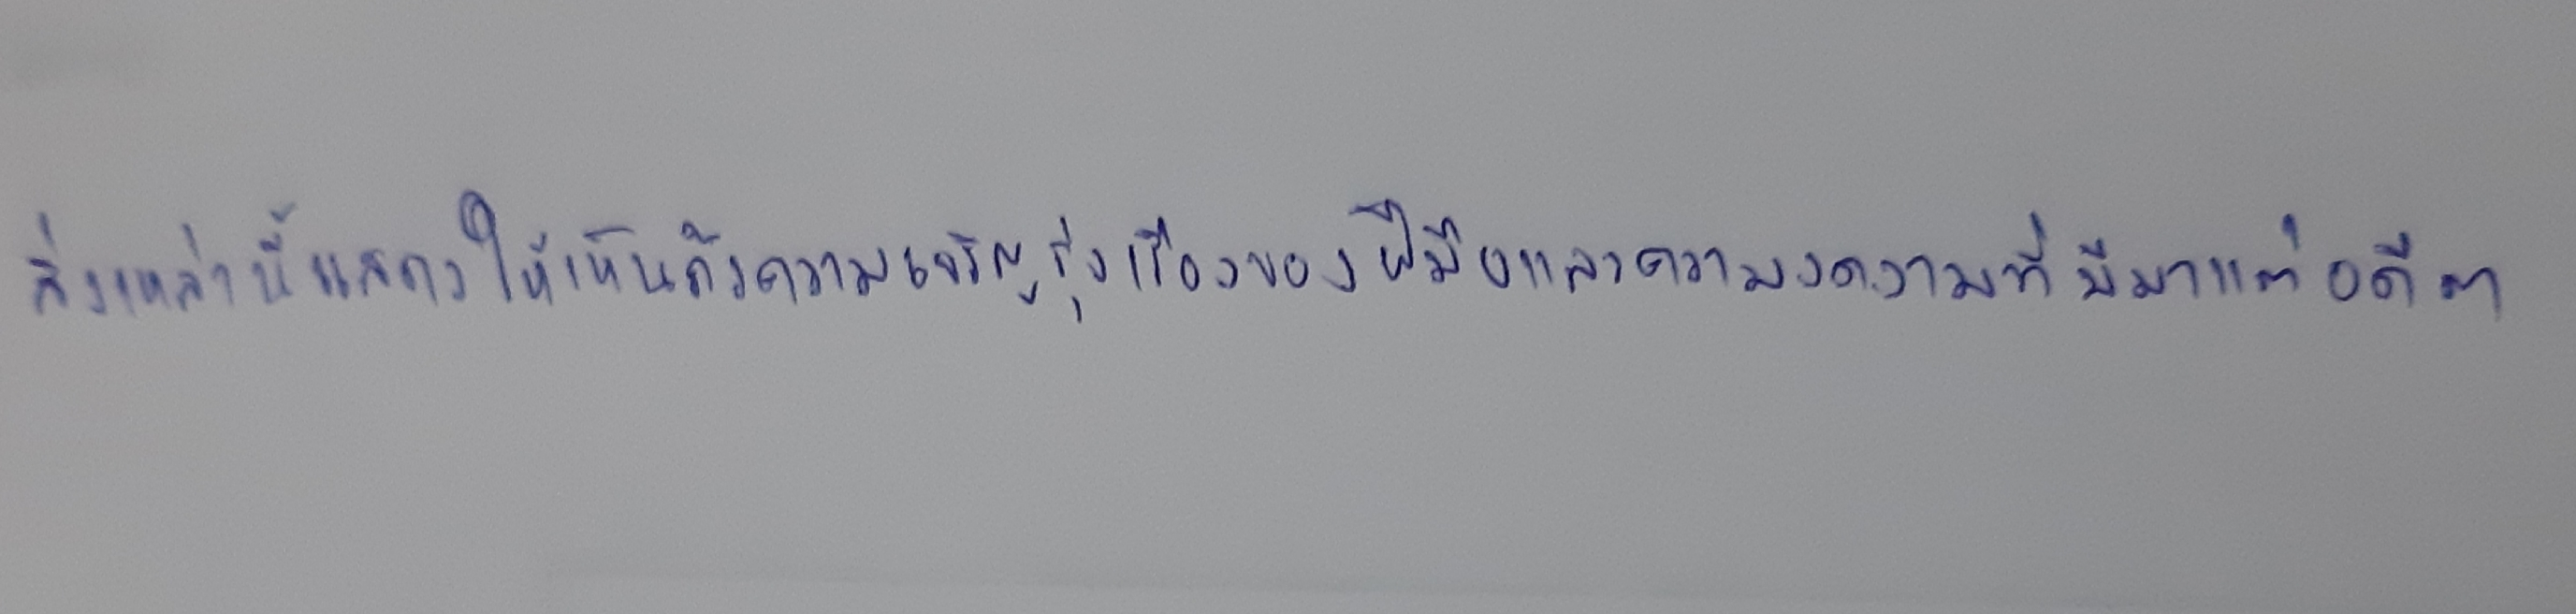
สิ่งเหล่านี้แสดงให้เห็นถึงความเจริญรุ่งเรืองของฝีมือและความงดงามที่มีมาแต่อดีต